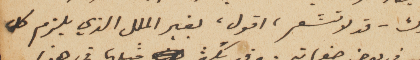
بيدك – قد لا تشعر، اقول، بغير الملل الذي يلزم كل